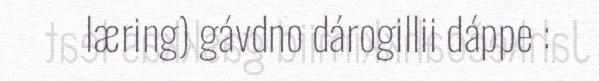
læring) gávdno dárogillii dáppe :